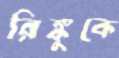
রিঙ্কুকে